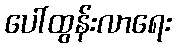
ပေါ်ထွန်းလာရေး